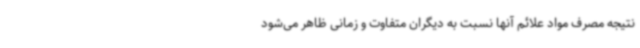
نتیجه مصرف مواد علائم آنها نسبت به دیگران متفاوت و زمانی ظاهر می‌شود